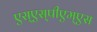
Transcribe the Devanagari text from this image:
एस्‌एस्‌पीएम्‌एस